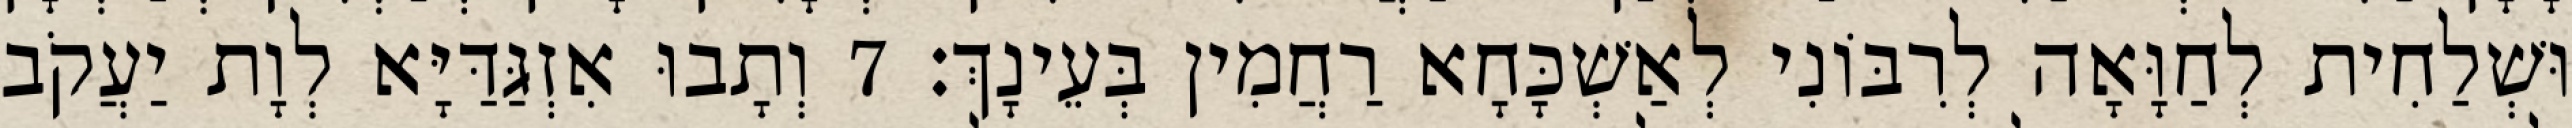
וּשְׁלַחִית לְחַוָּאָה לְרִבּוֹנִי לְאַשְׁכָּחָא רַחֲמִין בְּעֵינָךְ׃ 7 וְתָבוּ אִזְגַּדַּיָּא לְוָת יַעֲקֹב